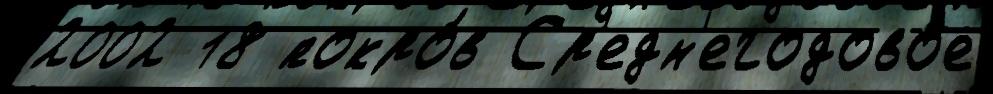
2002 18 покро́в Ср'едн'егодово́е